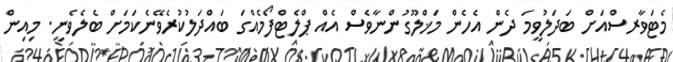
މެޓަވާރސްއަށް ބަދަލުވީމަ ދެން އެހެން މަޚްލޫގުންނާވެސް އެއް ޕްލެޓްފޯމެއްގަ ބައްދަލުކުރެވޭނެކަމަށް ބެލެވެނީ. މިއިން